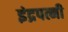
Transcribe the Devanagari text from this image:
इंद्रपत्नी